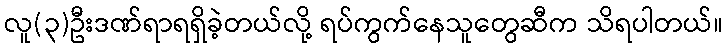
လူ(၃)ဦးဒဏ်ရာရရှိခဲ့တယ်လို့ ရပ်ကွက်နေသူတွေဆီက သိရပါတယ်။